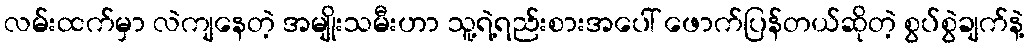
လမ်းထက်မှာ လဲကျနေတဲ့ အမျိုးသမီးဟာ သူ့ရဲ့ရည်းစားအပေါ် ဖောက်ပြန်တယ်ဆိုတဲ့ စွပ်စွဲချက်နဲ့